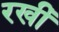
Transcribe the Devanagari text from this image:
रखीँ